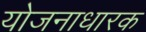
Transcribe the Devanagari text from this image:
योजनाधारक